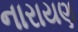
નારાયણ